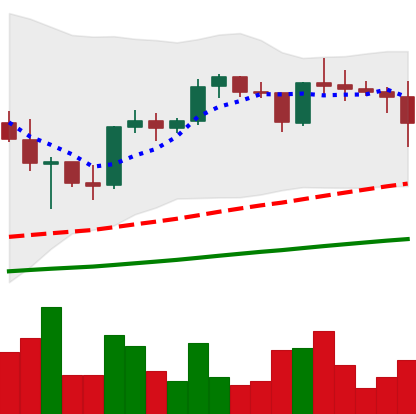
Ticker: XRP-USD
Chart end date: 2021-05-10
Forward return: 6.974%
Label: up_5_7